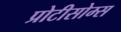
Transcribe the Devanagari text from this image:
प्रोटीसोम्स